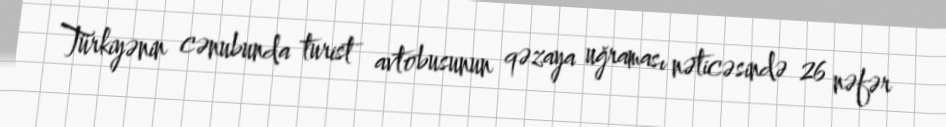
Türkiyənin cənubunda turist avtobusunun qəzaya uğraması nəticəsində 26 nəfər